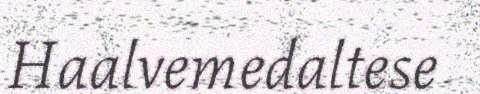
Haalvemedaltese